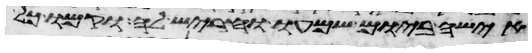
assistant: אישה ביום שמעו וחריש לה וקמו כל